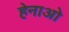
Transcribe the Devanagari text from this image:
हेनाओ